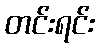
တင်းရင်း